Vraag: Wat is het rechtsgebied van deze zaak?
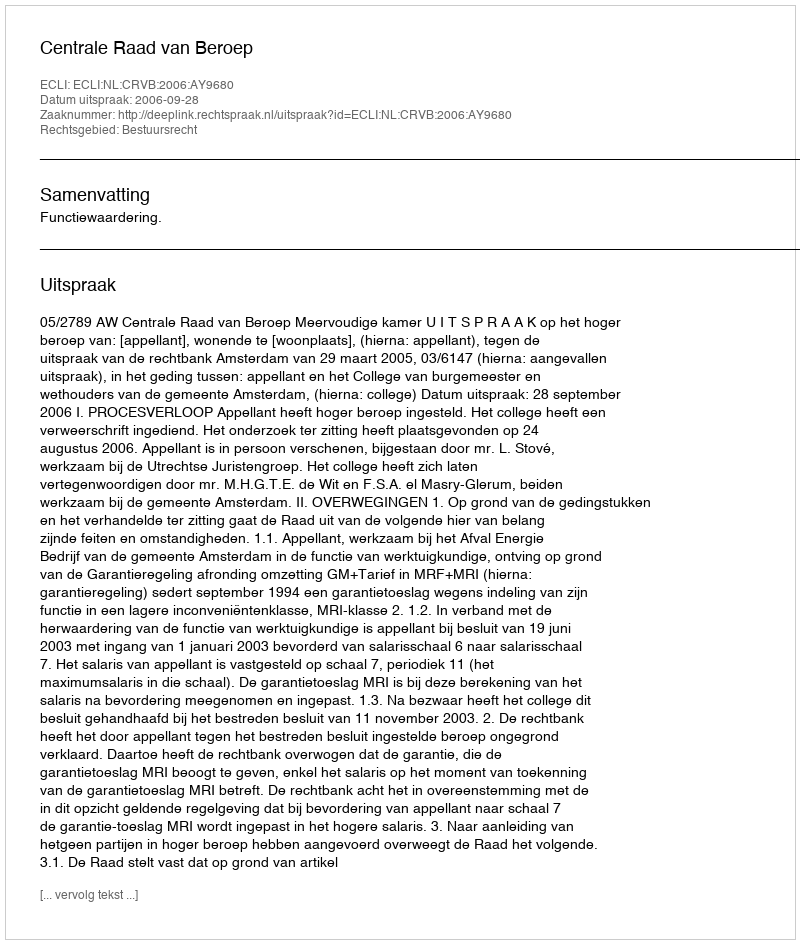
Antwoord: Bestuursrecht